Code of medical and sanitary regulations for the guidance of medical officers serving in the Madras Presidency - Volume II
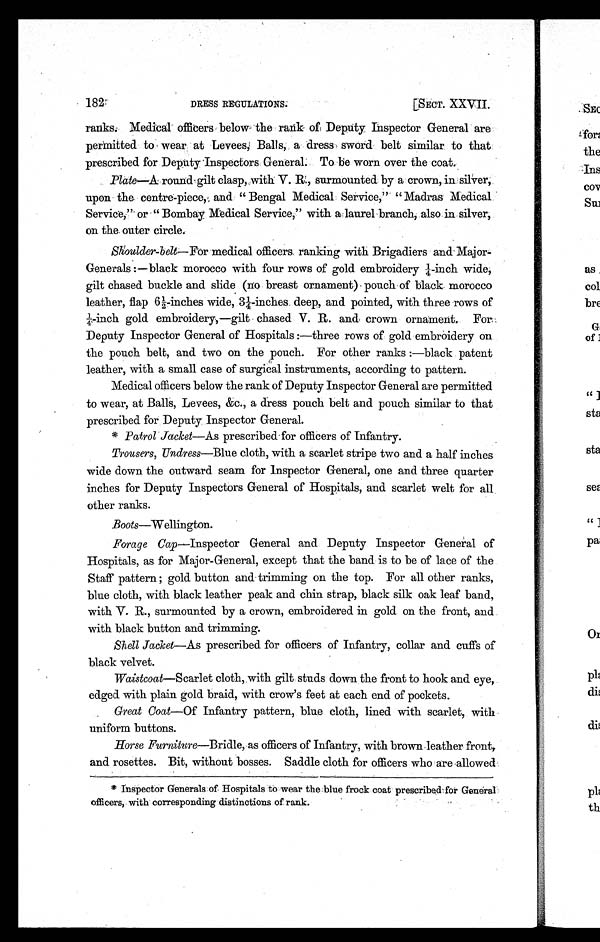
182
[SECT. XXVII.
DRESS REGULATIONS:
ranks. Medical officers below the rank of Deputy. Inspector General are
permitted to wear. at Levees; Balls, a dress sword belt similar to that
prescribed for Deputy -Inspectors General. To be worn over the coat.
Plate—A round gilt clasp, with V. R., surmounted by a crown, in
s i l v e r , u p o n t h e c e n t r e - p i e c e , a n d " B e n g a l M e d i c a l S e r v i c e , " " M a d r a s M e d i c a l
Service," or "Bombay Medical Service," with a, laurel branch, also in silver,.
on the, outer circle.
Skoulder-belt—For medical officers ranking with Brigadiers and Major-
Generals:—black morocco with four rows of gold embroidery ¼-inch wide,
gilt chased buckle and slide (no breast ornament) pouch of black morocco
leather, flap 6½-inches wide, 3¼-inches deep, and pointed, with three rows of
¼-inch gold embroidery,—gilt chased V. R. and crown ornament. For.
Deputy Inspector General of Hospitals:—three rows of gold embroidery on
the pouch belt, and two on the pouch. For other ranks:—black patent
leather, with a small case of surgical instruments, according to pattern.
Medical officers below the rank of Deputy Inspector General are permitted
to wear, at Balls, Levees, &c., a dress pouch belt and pouch similar to that
prescribed for Deputy Inspector General.
* Patrol Jacket—As prescribed for officers of Infantry.
Trousers, Undress—Blue cloth, with a scarlet stripe two and a half inches
wide down the outward seam for Inspector General, one and three quarter
inches for Deputy Inspectors General of Hospitals, and scarlet welt for all
other ranks.
Boots—Wellington.
Forage Cap
—Inspector General and Deputy Inspector General of
Hospitals, as for Major-General, except that the band is to be of lace of the
Staff pattern; gold button and trimming on the top. For all other ranks,
blue cloth, with black leather peak and chin strap, black silk oak leaf band,
with V. R., surmounted by a crown, embroidered in gold on the front, and
with black button and trimming.
Shell Jacket—As prescribed for officers of Infantry, collar and cuffs of
black velvet.
Waistcoat—Scarlet cloth, with gilt studs down the front to hook and eye,
edged with plain gold braid, with crow's feet at each end of pockets.
Great Coat— Of Infantry pattern, blue cloth, lined with scarlet, with
uniform buttons.
Horse Furniture—Bridle, as officers of Infantry, with brown leather front,
and rosettes. Bit, without bosses. Saddle cloth for officers who are allowed
* Inspector Generals of Hospitals to wear the blue frock coat prescribed for General
officers, with corresponding distinctions of rank.